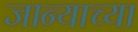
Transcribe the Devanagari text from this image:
जान्याच्या